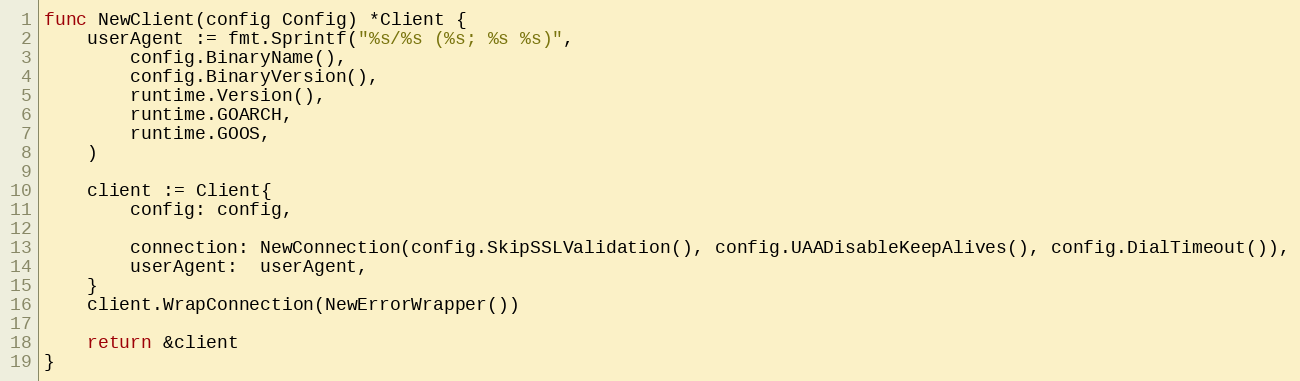
Language: Go
func NewClient(config Config) *Client {
	userAgent := fmt.Sprintf("%s/%s (%s; %s %s)",
		config.BinaryName(),
		config.BinaryVersion(),
		runtime.Version(),
		runtime.GOARCH,
		runtime.GOOS,
	)

	client := Client{
		config: config,

		connection: NewConnection(config.SkipSSLValidation(), config.UAADisableKeepAlives(), config.DialTimeout()),
		userAgent:  userAgent,
	}
	client.WrapConnection(NewErrorWrapper())

	return &client
}